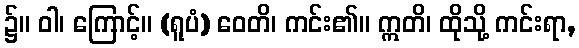
၌။ ဝါ၊ ကြောင့်။ (ရူပံ) ဝေတိ၊ ကင်း၏။ ဣတိ၊ ထိုသို့ ကင်းရာ,